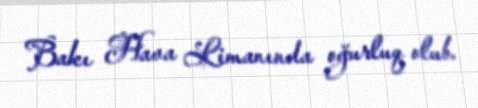
Bakı Hava Limanında oğurluq olub.